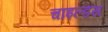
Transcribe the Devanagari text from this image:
चाइल्डस